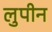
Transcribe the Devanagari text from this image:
लुपीन